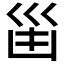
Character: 𠚋